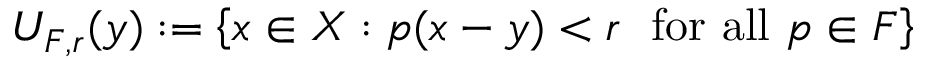
U _ { F , r } ( y ) : = \left\{ x \in X : p ( x - y ) < r \ { \mathrm { ~ f o r ~ a l l ~ } } p \in F \right\}